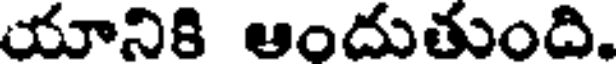
యానికి ఆందుతుంది.